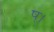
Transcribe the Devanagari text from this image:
ष्।